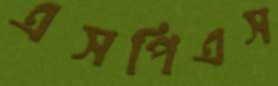
এসপিএস